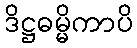
ဒိဋ္ဌဓမ္မိကာပိ